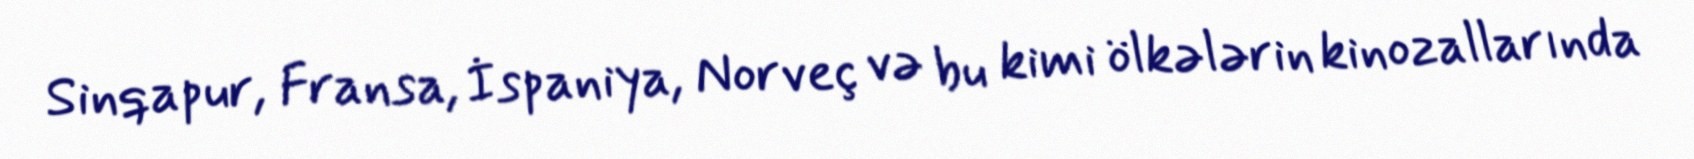
Sinqapur, Fransa, İspaniya, Norveç və bu kimi ölkələrin kinozallarında